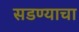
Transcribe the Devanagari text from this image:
सडण्याचा